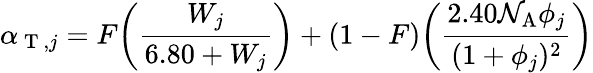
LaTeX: \alpha_{\mathrm{~T~},j}=F\bigg(\frac{W_{j}}{6.80+W_{j}}\bigg)+(1-F)\bigg(\frac{2.40\mathcal{N}_{\mathrm{A}}\phi_{j}}{(1+\phi_{j})^{2}}\bigg)